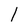
Character: l